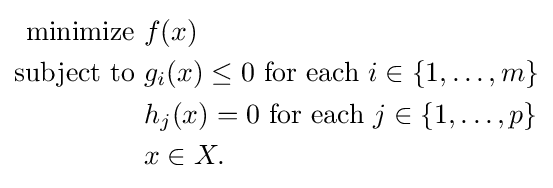
{\begin{aligned}{\text{minimize }}&f(x)\\{\text{subject to }}&g_{i}(x)\leq 0{\text{ for each }}i\in \{1,\dotsc ,m\}\\&h_{j}(x)=0{\text{ for each }}j\in \{1,\dotsc ,p\}\\&x\in X.\end{aligned}}